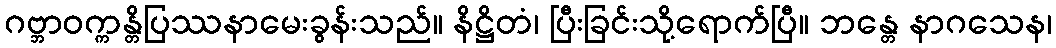
ဂဗ္ဘာဝက္ကန္တိပြဿနာမေးခွန်းသည်။ နိဋ္ဌိတံ၊ ပြီးခြင်းသို့ရောက်ပြီ။ ဘန္တေ နာဂသေန၊